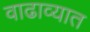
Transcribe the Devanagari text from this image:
वाढाव्यात